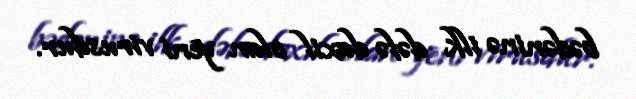
bədəninə ilk dəfə daxil olan yeni virusdur.